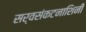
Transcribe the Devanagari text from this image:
सर्वसंकटनाशिनी